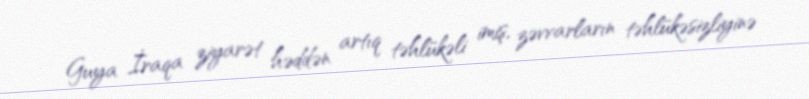
Guya İraqa ziyarət həddən artıq təhlükəli imiş, zəvvarların təhlükəsizliyinə